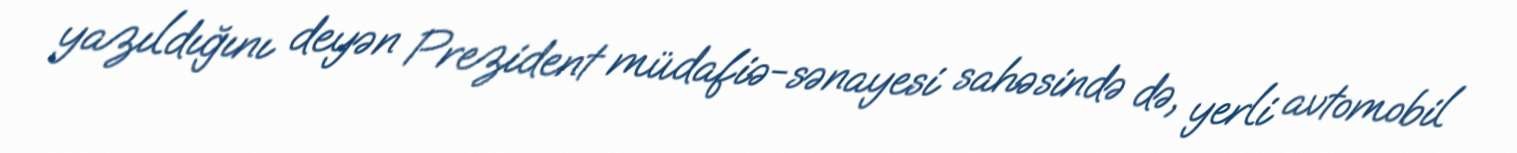
yazıldığını deyən Prezident müdafiə-sənayesi sahəsində də, yerli avtomobil